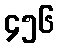
၄၅၆